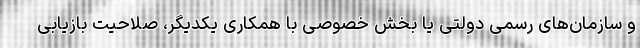
و سازمان‌های رسمی دولتی یا بخش خصوصی با همکاری یکدیگر، صلاحیت بازیابی